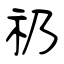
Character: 礽